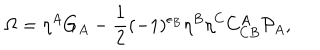
LaTeX: \Omega = \eta ^ { A } G _ { A } - \frac { 1 } { 2 } ( - 1 ) ^ { \epsilon _ { B } } \eta ^ { B } \eta ^ { C } C _ { C B } ^ { A } { \cal P } _ { A } ,